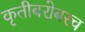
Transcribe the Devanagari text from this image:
कृतीबरोबरच